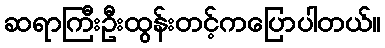
ဆရာကြီးဦးထွန်းတင့်ကပြောပါတယ်။